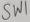
Text: sw1